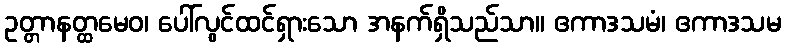
ဥတ္တာနတ္ထမေဝ၊ ပေါ်လွင်ထင်ရှားသော အနက်ရှိသည်သာ။ ဧကာဒသမံ၊ ဧကာဒသမ